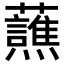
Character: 𬟤